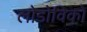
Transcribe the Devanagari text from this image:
लोडोविको